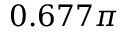
0 . 6 7 7 \pi